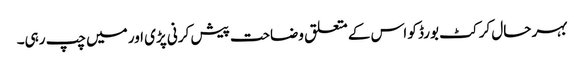
بہر حال کرکٹ بورڈ کو اس کے متعلق وضاحت پیش کرنی پڑی اور میں چپ رہی۔